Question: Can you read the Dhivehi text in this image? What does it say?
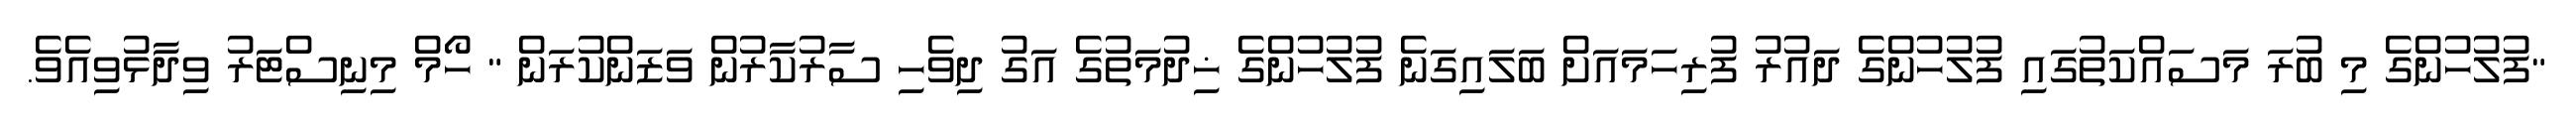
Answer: "ފުލުހުންގެ މި ބުރަ މަސައްކަތުގައި ފުލުހުންގެ ދައުރު ފުރިހަމައަށް ބަލައިގަނެ ފުލުހުންގެ ޚިދުމަތުގެ އަގު ދިވެހި ސާރުކާރުން ވަޒަންކުރަން " ހޯމް މިނިސްޓަރު ވިދާޅުވިއެވެ.